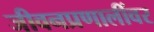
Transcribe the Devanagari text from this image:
जीवनप्रणालींवर